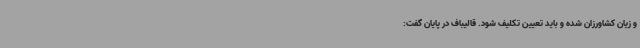
و زیان کشاورزان شده و باید تعیین تکلیف شود. قالیباف در پایان گفت: